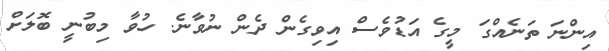
އިންނަ ތަނެއްގަ މީގެ އަޑުވެސް އިވިގެން ދެން ނުވާނެ. ހުވާ މިބުނީ ބޮލަށް